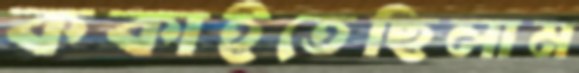
ককাইতেছিলাম